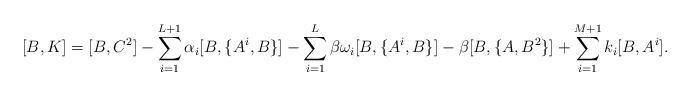
LaTeX: \begin{align*}[B,K] &= [B,C^2] - \sum_{i=1}^{L+1}\alpha_i[B,\{A^i,B\}] -\sum_{i=1}^L\beta\omega_i[B,\{A^i,B\}] - \beta[B,\{A,B^2\}]+\sum_{i=1}^{M+1}k_i[B,A^i].\end{align*}